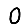
Digit: 0